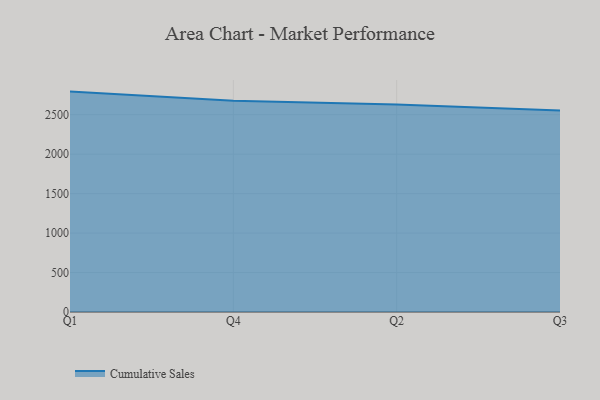
{"axis": {"x": "Quarter", "y": "Net Income (USD K)"}, "legend": ["Cumulative Sales"], "data": [{"x": "Q1", "y": 2792.7, "type": "Cumulative Sales"}, {"x": "Q4", "y": 2676.9, "type": "Cumulative Sales"}, {"x": "Q2", "y": 2629.4, "type": "Cumulative Sales"}, {"x": "Q3", "y": 2554.2, "type": "Cumulative Sales"}]}